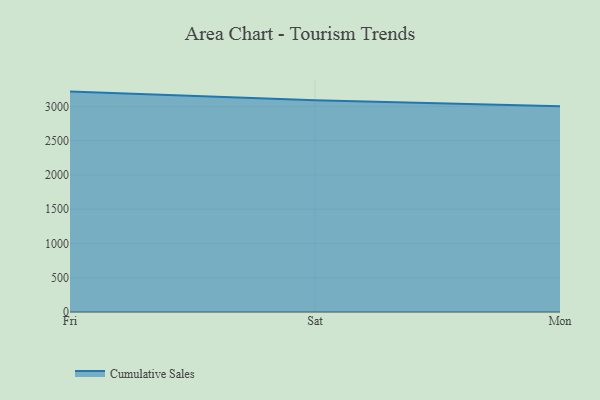
{"axis": {"x": "Day", "y": "Gross Profit (USD K)"}, "legend": ["Cumulative Sales"], "data": [{"x": "Fri", "y": 3214.4, "type": "Cumulative Sales"}, {"x": "Sat", "y": 3087.6, "type": "Cumulative Sales"}, {"x": "Mon", "y": 2999.1, "type": "Cumulative Sales"}]}